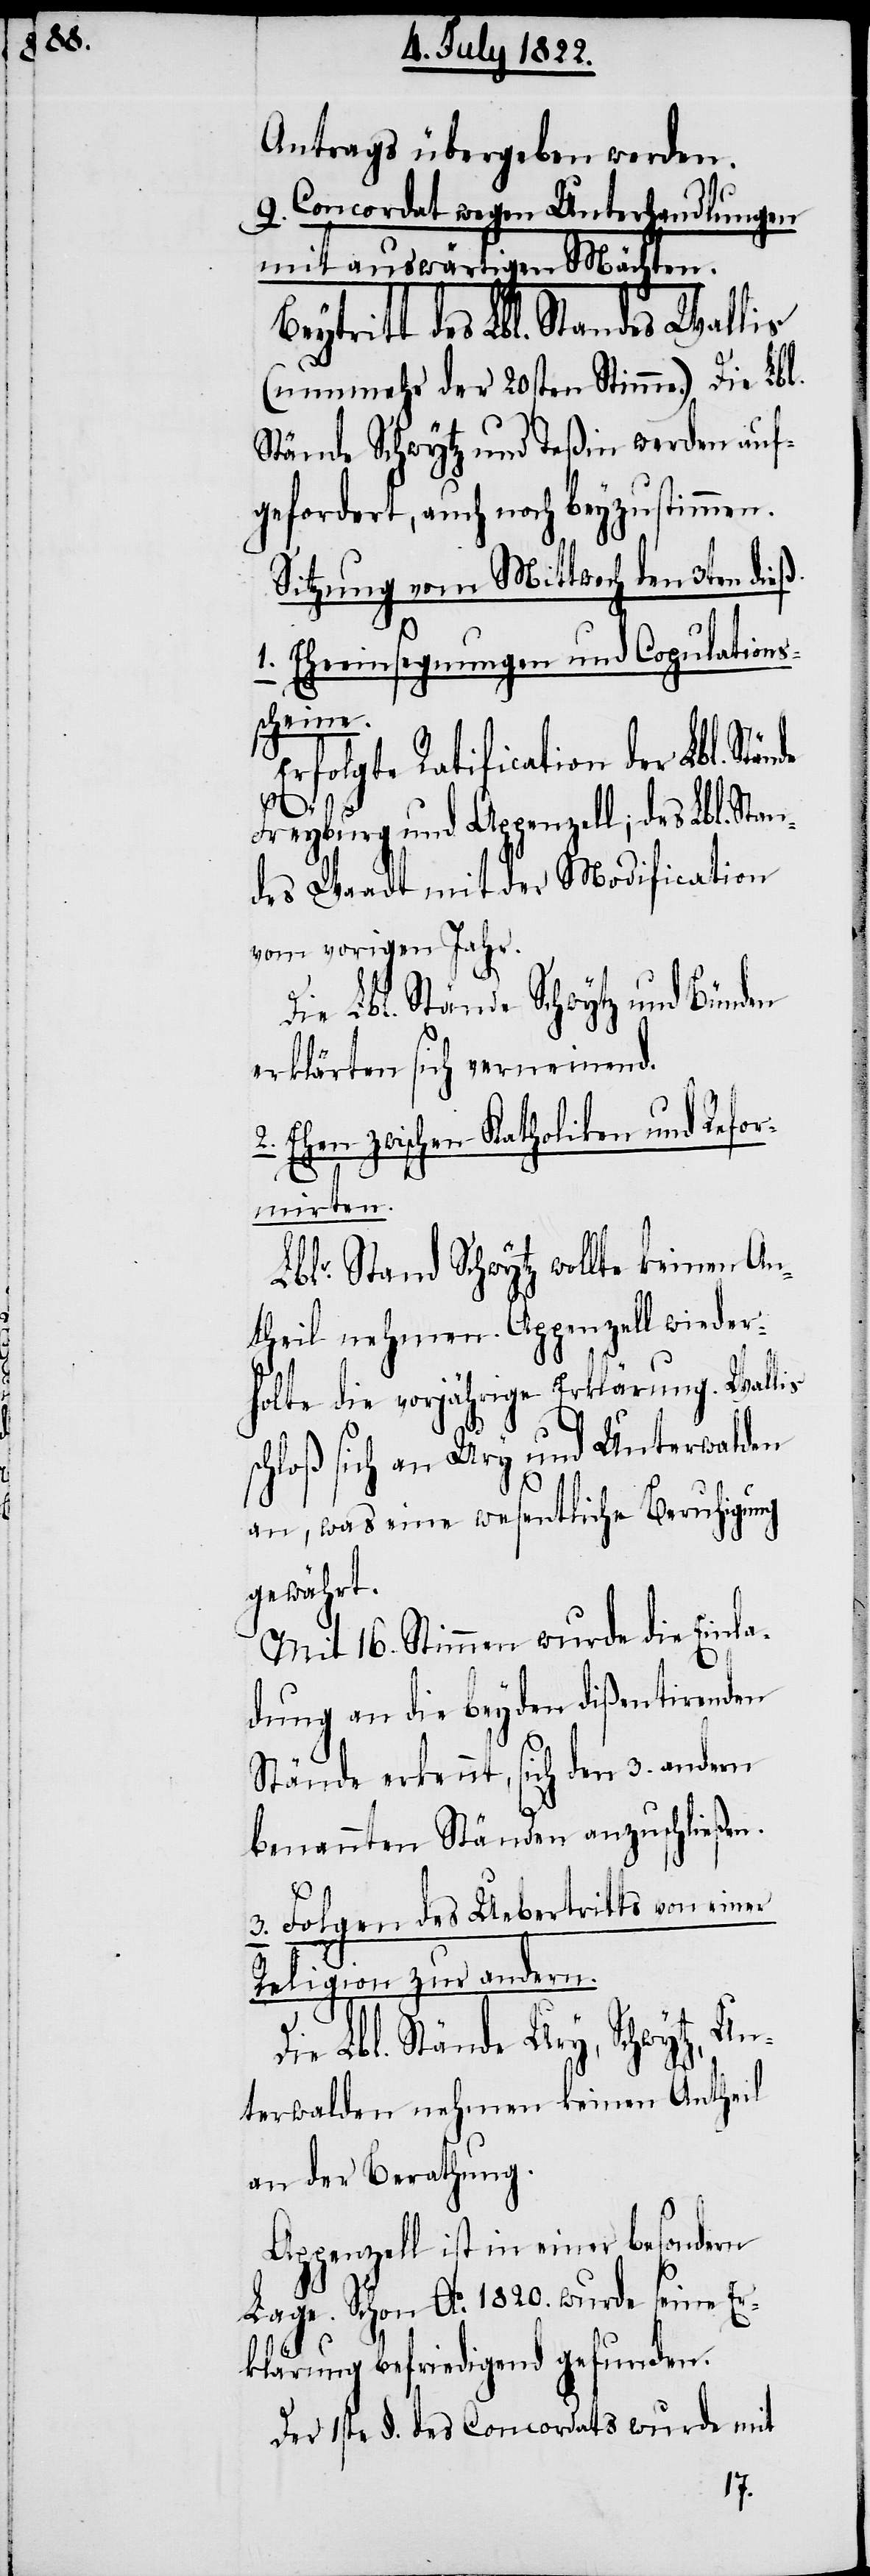
Antrags übergeben werden.
9. Concordat wegen Unterhandlungen
mit auswärtigen Mächten.
Beytritt des Lbl. Standes Wallis
(nunmehr der 20sten Stimme.) Die Lbl.
Stände Schwytz und Teßin werden auf¬
gefordert, auch noch beyzustimmen.
Sitzung vom Mittwoch den 3ten die¬
de
1. Eheeinsegnungen und Copulations¬
scheine.
Erfolgte Ratification der Lbl. Stän¬
Freyburg und Appenzell, des Lbl. Stan¬
des Waadt mit der Modification
vom vorigen Jahr.
Die Lbl. Stände Schwytz und Bünden
erklärten sich verneinend.
2. Ehen zwischen Katholiken und Refor¬
mirten.
Lbl. Stand Schwytz wollte keinen An¬
theil nehmen. Appenzell wieder¬
holte die vorjährige Erklärung. Wallis
chloß sich an Ury und Unterwalden
an, was eine wesentliche Beruhigung
gewährt.
Mit 16. Stimmen wurde die Einla¬
dung an die beyden dißentirenden
Stände erkennt, sich den 3. andern
benannten Ständen anzuschließen.
3. Folgen des Uebertritts von einer
Religion zur andern.
Die Lbl. Stände Ury, Schwytz, Un¬
terwalden nehmen keinen Antheil
an der Berathung.
Appenzell ist in einer besondern
Lage. Schon Ao. 1820. wurde seine Er¬
s¬
klärung befriedigend gefunden.
Der 1ste §. des Concordats wurde mit